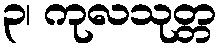
၃၊ ကုလသုတ္တ